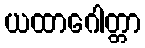
ယထာဂေါတ္တာ